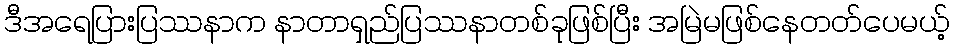
ဒီအရေပြားပြဿနာက နာတာရှည်ပြဿနာတစ်ခုဖြစ်ပြီး အမြဲမဖြစ်နေတတ်ပေမယ့်